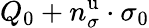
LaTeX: Q_{0}+n_{\sigma}^{\mathrm{u}}\cdot\sigma_{0}